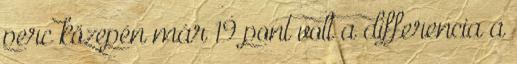
perc közepén már 19 pont volt a differencia a